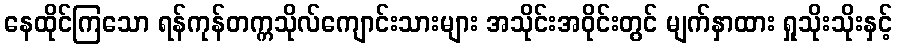
နေထိုင်ကြသော ရန်ကုန်တက္ကသိုလ်ကျောင်းသားများ အသိုင်းအဝိုင်းတွင် မျက်နှာထား ရှုသိုးသိုးနှင့်